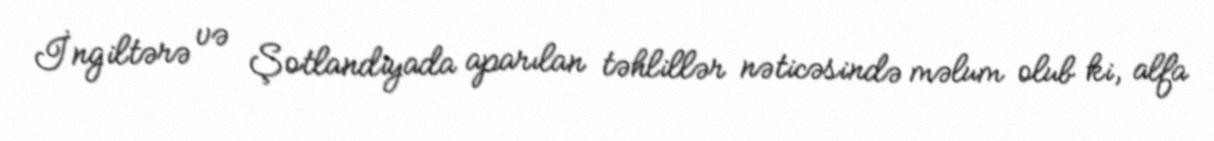
İngiltərə və Şotlandiyada aparılan təhlillər nəticəsində məlum olub ki, alfa